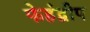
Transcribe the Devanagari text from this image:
फेहंद्वीप